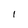
Character: I